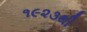
૧૯૨૩થી